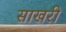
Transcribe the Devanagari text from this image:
साखरी